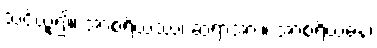
သင်ယူ၍။ အာစရိယဿ၊ ဆရာအား။ အာစရိယဓနံ၊